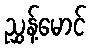
ညွှန့်မောင်